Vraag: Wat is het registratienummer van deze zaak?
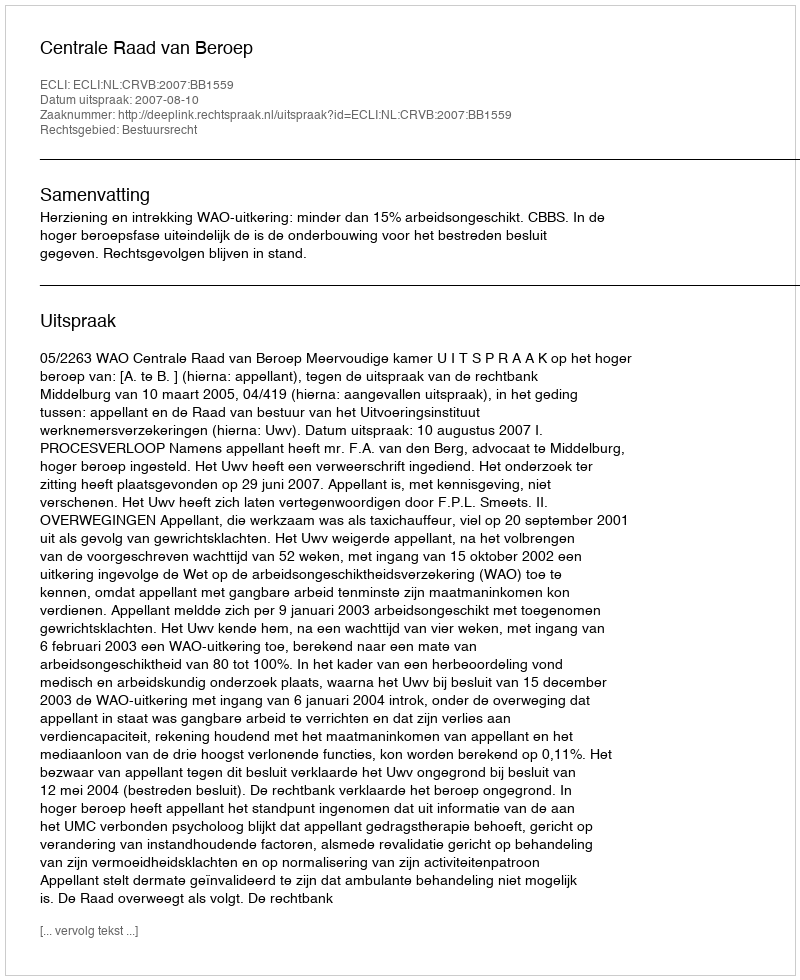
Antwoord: http://deeplink.rechtspraak.nl/uitspraak?id=ECLI:NL:CRVB:2007:BB1559